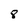
Character: 8